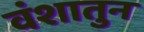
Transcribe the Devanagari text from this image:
वंशातुन